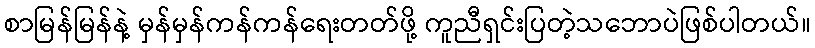
စာမြန်မြန်နဲ့ မှန်မှန်ကန်ကန်ရေးတတ်ဖို့ ကူညီရှင်းပြတဲ့သဘောပဲဖြစ်ပါတယ်။